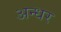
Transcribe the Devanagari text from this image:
अन्धर